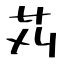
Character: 苅